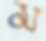
ম